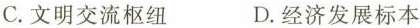
C.文明交流枢纽 D.经济发展标本